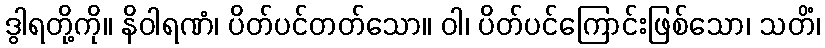
ဒွါရတို့ကို။ နိဝါရဏံ၊ ပိတ်ပင်တတ်သော။ ဝါ၊ ပိတ်ပင်ကြောင်းဖြစ်သော၊ သတိံ၊